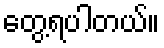
တွေ့ရပါတယ်။